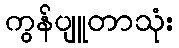
ကွန်ပျူတာသုံး